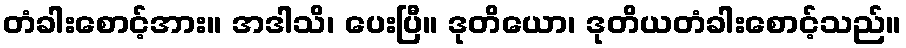
တံခါးစောင့်အား။ အဒါသိ၊ ပေးပြီ။ ဒုတိယော၊ ဒုတိယတံခါးစောင့်သည်။